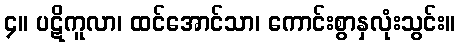
၄။ ပဋိကူလာ၊ ထင်အောင်သာ၊ ကောင်းစွာနှလုံးသွင်း။